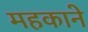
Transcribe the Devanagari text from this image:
महकाने